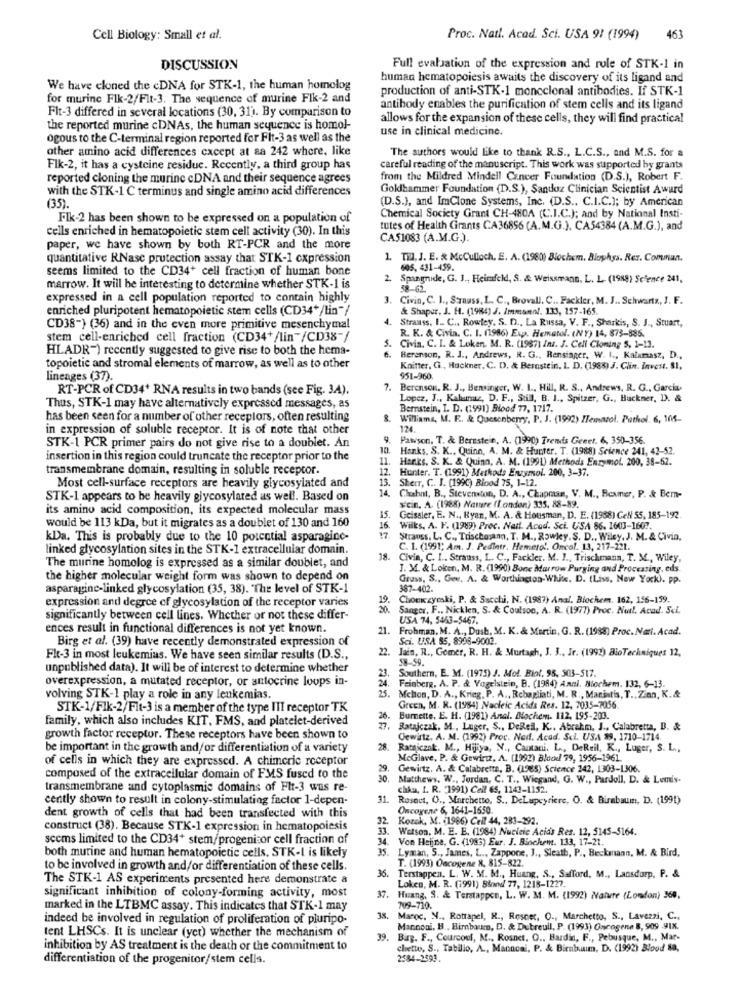
Cell Biology: Small et al.
Proc. Natl. Acad. Sci. USA 91 (1994)
463
DISCUSSION
Full evaluation of the expression and role of STK-1 in
human hematopoiesis awaits the discovery of its ligand and
We have cloned the cDNA for STK-1, the human homolog
production of anti-STK-1 monoclonal antibodies. If STK-1
for murine Flk-2/Fit-3. The sequence of murine Fik-2 and
Flt-3 differed in several locations (30, 31). By comparison to
antibody enables the purification of stem cells and its ligand
allows for the expansion of these cells, they will find practical
the reported murine cDNAs, the human sequence is homol-
use in clinical medicine.
ogous to the C-terminal region reported for Fit-3 as well as the
other amino acid differences cxcept at aa 242 where, like
The authors would like to thank R.S ., L.C.S ., and M.S. for a
Flk-2, it has a cysteine residue. Recently, a third group has
careful reading of the manuscript. This work was supported by grants
reported cloning the murine cDNA and their sequence agrees
from the Mildred Mindell Cancer Foundation (D.S.), Robert F.
with the STK-1 C terminus and single amino acid differences
Goldhammer Foundation (D.S.), Sandoz Clinician Scientist Award
(D.S.), and ImClone Systems, Inc. (D.S .. C.I.C.); by American
(35).
Flk-2 has been shown to be expressed on a population of
Chemical Society Grant CH-480A (C.I.C.); and by National Insti-
cells enriched in hematopoietic stem cell activity (30). In this
tutes of Health Grants CA36856 (A.M.G.), CA54384 (A.M.G.), and
CA51083 (A.M.G.).
paper, we have shown by both RT-PCR and the more
quantitative RNase protection assay that STK-1 cxpression
1. Til, J. E. & McCulloch, E. A. (1980) Biochem. Biophys. Rer. Comman.
seems limited to the CD34+ cell fraction of human bone
605, 431-459.
2
Spangnide, G. J ., Heimfeld, S. & Weissmann, L. L. (1988) Science 241,
marrow. It will be interesting to determine whether STK-1 is
expressed in a cell population reported to contain highly
3.
Civin, C. 1 ., Strauss, L. C ., Brovall. C .. Fackler, M. J .. Schwartz, J. F.
enriched pluripotent hematopoietic stem cells (CD34*/Lin"/
& Shaper, J. H. (1984) J. Immann !. 133, 157-165.
4. Strauss, I. C ., Rowley. S. D ., La Russa, V. F ., Sharkis, S. J ., Stuart,
CD38-} (36) and in the even more primitive mesenchymal
R. K. & Civia. C. I. (1986) Exp. Hematol. (NY) 14, 873-885.
stem cell-enriched cell fraction (CD34+/lin"/CD38-/
HLADR") recently suggested to give rise to both the hema-
5.
Civia. C. I. & Lokan. M. R. (1987) ina. J. Cell Cloning S, 1-13.
6. Berenson, R. J ., Andrews, R. G ., Rensinger, W. I ., Kalamasz, D .,
topoietic and stromal elements of marrow, as well as to other
Knitter, G ., Huckner, C. D, & Bernstein. I. D. (1988) J. Clin. Invest. 81.
lineages (37).
951-960.
RT-PCR of CD34* RNA results in two bands (see Fig. 34).
7.
Berenson, R. J ., Bensinger, W. I ., Hill, R. S ., Andrews, R. G ., Garcia.
Lopez, J ., Kakuunaz, D. F ., Still, B. I ., Spitzer, G ., Buckner, D. &
Thus, STK-1 may have alternatively expressed messages, as
Bernstein, I. D. (1991) Blood 77, 1717.
has been seen for a number of other receplors, often resulting
Williams, M. F. & Quesonberry, P. J. (1992) Femazol, Porkol. 6, 168-
in expression of soluble receptor. It is of note that other
124.
9.
Pawson. T. & Bernstein, A. (1990) Trendis Genet. 6, 350-356.
STK-1 PCR primer pairs do not give rise to a doublet. An
10.
Hanks, S. K ., Quinn, A. M. & Hunter. T. (1988) Science 241, 42-52.
insertion in this region could truncate the receptor prior to the
11.
Hanks, S. K. & Quinn, A. M. (1991) Methods Enzymol. 200, 38-62.
transmembrane domain, resulting in soluble receptor.
12.
Hunter. T. (1991) Methods Enzymol. 200, 3-37.
13.
Sherr, C. J. (199C) Blood 75, 1-12.
Most cell-surface receptors are heavily glycosylated and
14.
STK-1 appears to be heavily glycosylated as well. Based on
Clubnt, B ., Stevenston, D. A ., Chapraan, V. M ., Beamer, P. & Bem-
its amino acid composition, its expected molecular mass
scin. A. (1988) Nature (london) 335, 88-89.
would be 113 kDa, but it migrates as a doublet of 130 and 160
15.
Geissler, E. N ., Ryan, M. A. & Housman, D. E. (1988) CeN 55, 185-192.
16.
Wilks. A. F. (1989) Proc. Natt. Acod. Sci. USA 86, 1603-1607.
kDa. This is probably due to the 10 potential asparagine-
17.
Strauss, L. C ., Trischosann, T. M ., Rowley. S. D ., Wiley, J. M. & Civin,
linked glycosylation sites in the STK-1 extracellular domain.
C. 1. (1991; Am. J. Pediatr. Hemero !. Oncol. 13, 217-221.
18.
18. Civ
Civia, C. I .. Strauss, L. C ., Fackler. M. J ., Trischmann, T. M ., Wiley,
The murine homolog is expressed as a similar doublet, and
J. M. & Loken, M. R. (1990) Bone Marrow Purging and Processing, eds.
the higher molecular weight form was shown to depend on
Gruss, S ., Gew, A. & Worthington-White. D. (Liss, New York). PP.
asparagine-linked glycosylation (35, 38). "The level of STK-1
387-402.
expression and degree of glycosylation of the receptor varies
Chouczyeski, P. & Sacchi, N. (1987) Anal. Biochem. 162, 156-159.
Sanger, F ., Nicklen, S. & Coulson, A. R. (1977) Proc. Not !. Acad. Sci.
significantly between cell lines. Whether or not these differ-
USA 74, 5463-5467.
ences result in functional differences is not yet known.
21.
Frohman, M. A ., Dush, M. K. & Martin, G. R. (1988) Proc. Nel. Acad.
Birg et al. (39) have recently demonstrated expression of
Sci. USA 85, 8998-9002.
22. Jain. R ., Gomer, R. H. & Murtagh, J. 3 ., Jr. (1992) BloTechniques 12,
Flt-3 in most leukemias. We have seen similar results (D.S .,
58-59.
unpublished data). It will be of interest to determine whether
23.
Southern, E. M. (1975) J. Mot. Biot. 98, 503-517.
overexpression, a mutated receptor, or antocrine loops in-
24.
Feinberg, A. P. & Vogelstein, B. (1984) Anel. Nochem. 132, 6-13.
volving STK-1 play a role in any leukemias.
25.
Mclion, D. A ., Krieg, P. A ., Rebagliati, M. R ., Marintis, T ., Zinn, K.&
STK-1/Fik-2/Fit-3 is a member of the type III receptor TK
Green, M. R. (1984) Nacleic Acids Res. 12, 7035-7056.
family, which also includes KIT, FMS, and platelet-derived
Burnette, E. H. (1981) Anal. Nochem. 112, 195-203.
Ratajczak. M ., Luger, S ., DeRell, K .. Abrahm, J ., Calabretta, B. &
growth factor receptor. These receptors have been shown to
Cewirtz, A. M. (1992) Proc. Ned. Acad. Scl. USA 89, 1710-1714.
be important in the growth and/or differentiation of a variety
28.
Ratniczak. M ., Hijiya, N ., Cantani. L ., DeReil, K ., Luger, S. L .,
of cells in which they are expressed. A chimcric receptor
McGlave, P. & Gewirtz, A. (1992) Blood 79, 1956-1961.
29.
Gewirtz. A. & Calabrette, B. (1965) Science 342, 1303-1306.
composed of the extracellular domain of FMS fused to the
30.
Matthews. W ., Jordan, C. T ., Wiegand, G. W ., Pardoll, D. & Lemis-
transmembrane and cytoplasmic domains of Flt-3 was re-
chAa, I. R. 1991) Cell 65, 1143-1152.
cently shown to result in colony-stimulating factor 1-depen-
31
Rosect, O ., Marchetto, S ., DeLapeyriere, O. & Birnbaum, D. (1991)
Oncogene 6, 1641-1650
dent growth of cells that had been transfected with this
32.
Kozak, M. (1966) Cell 44, 283-292.
construct (38). Because STK-1 expression in hematopoiesis
33.
Watson, M. E. E. (1984) Nucleic Acids Res. 12, 5145-5164.
seems limited to the CD34+ stem/progenitor cell fraction of
34. Von Heijne, G. (1985) Eur. J. Biochem. 133, 17-21.
35. Lyman, S ., James, L ., Zappone, J ., Sleath, P ., Beckmann, M. & Bird,
both murine and human hematopoietic cells, STK-I is likely
T. (1993) Oncogene 8, 815-822.
to be involved in growth and/or differentiation of these cells.
The STK-1 AS experiments presented here demonstrate a
36.
Terstappen. L. W. M. M ., Huang, S ., Safford, M ., Lansdorp, P. &
Loken, M. R. (1991) 86ond 77, 1218-1227.
37.
significant inhibition of colony-forming activity, most
Huang, S. & Terstappen, L. W. M. M. (1992) Nature (London) 360,
marked in the LTBMC assay. This indicates that STK-1 may
709-710.
indeed be involved in regulation of proliferation of pluripo-
38.
Maroc, N ., Rotrapel, R ., Resner, O ., Marchetto, S ., Lavezzi, C .,
Mannoni, B ., Bimbaum, D. & Dubreuil, P. (1993) Oncogene 8, 909 9IX.
tent LHSCs. It is unclear (yet) whether the mechanism of
39. Birg. F ., Courcoul, M ., Rosnet. O ., Bardin, F ., Pebusque, M ., Mar-
inhibition by AS treatment is the death or the commitment to
chette, S ., Tabilio, A ., Mannoni, P. & Birnbaum, D. (1992) Blood 88,
differentiation of the progenitor/stem cells.
2584-2593.